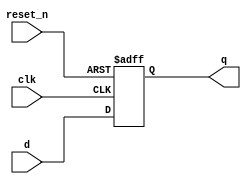
module _dff_4_r(clk, reset_n, d, q);
	input clk, reset_n;
	input [3:0] d;
	output reg [3:0] q;
	
	always@ (posedge clk or negedge reset_n)
	begin
		if(reset_n == 0) q <= 4'b0;
		else q <= d;
	end
	endmodule